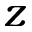
z